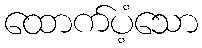
ထောက်ပံ့သော